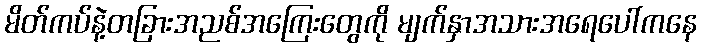
မိတ်ကပ်နဲ့တခြားအညစ်အကြေးတွေကို မျက်နှာအသားအရေပေါ်ကနေ